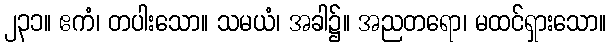
၂၃၁။ ဧကံ၊ တပါးသော။ သမယံ၊ အခါ၌။ အညတရော၊ မထင်ရှားသော။